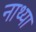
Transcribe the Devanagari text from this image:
नाथ्या